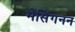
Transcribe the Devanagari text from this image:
मेसिंगनन